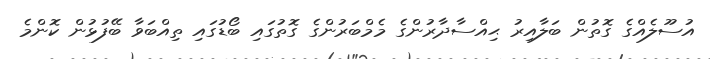
އުސޫލެއްގެ ގޮތުން ބަލާއިރު ޙިއްސާދާރުންގެ މެމްބަރުންގެ ގޮތުގައި ބޯޑުގައި ތިއްބަވާ ބޭފުޅުން ކޮންމެ